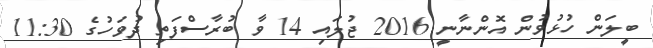
ބީލަން ހުޅުވުން އޮންނާނީ 2016 ޖުލައި 14 ވާ ބުރާސްފަތި ދުވަހުގެ 11:30